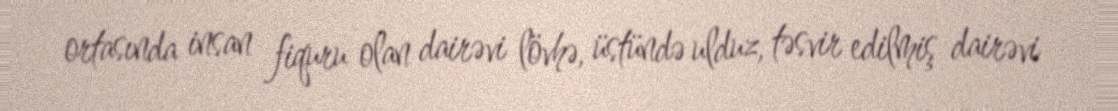
ortasında insan fiquru olan dairəvi lövhə, üstündə ulduz, təsvir edilmiş dairəvi